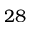
2 8